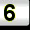
Digit: 6